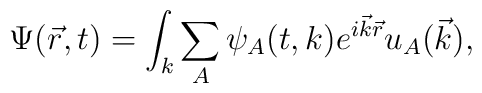
\Psi(\vec r, t)=\int_k\sum_A\psi_A(t,k)e^{i{\vec k}{\vec r}}u_A(\vec k),